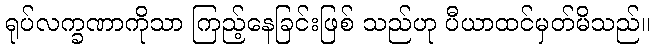
ရုပ်လက္ခဏာကိုသာ ကြည့်နေခြင်းဖြစ် သည်ဟု ပီယာထင်မှတ်မိသည်။